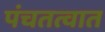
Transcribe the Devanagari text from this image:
पंचतत्वात